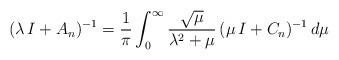
LaTeX: \begin{align*}(\lambda \, I + A_n)^{-1}= \frac{1}{\pi} \int_0^\infty \frac{\sqrt{\mu}}{\lambda^2 + \mu} \, (\mu \, I + C_n)^{-1} \, d\mu\end{align*}